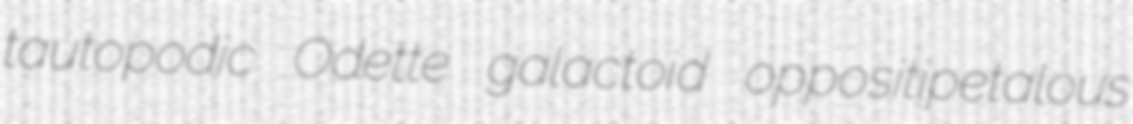
tautopodic Odette galactoid oppositipetalous